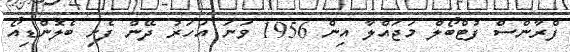
ފްރާންސް ފުޓްބޯލް މަޖައްލާ އިން 1956 ވަނަ އަހަރު ދޭން ފެށި ބެލޮންޑިއޯ